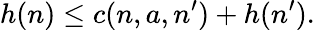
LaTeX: h(n)\leq c(n,a,n^{\prime})+h(n^{\prime}).